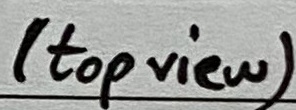
Text: (top view)